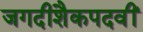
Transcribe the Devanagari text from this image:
जगदीशैकपदवीं